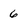
Character: 6